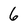
Character: 6